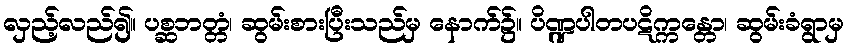
လှည့်လည်၍။ ပစ္ဆဘတ္တံ၊ ဆွမ်းစားပြီးသည်မှ နောက်၌။ ပိဏ္ဍပါတပဋိက္ကန္တော၊ ဆွမ်းခံရွာမှ